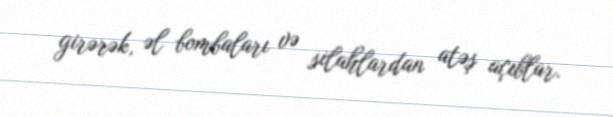
girərək, əl bombaları və silahlardan atəş açıblar.